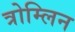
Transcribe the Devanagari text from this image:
त्रोम्लिन